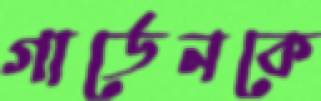
গার্ডেনকে